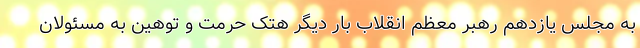
به مجلس یازدهم رهبر معظم انقلاب بار دیگر هتک حرمت و توهین به مسئولان